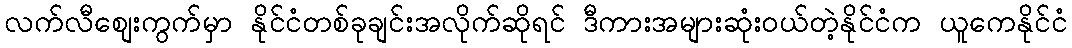
လက်လီစျေးကွက်မှာ နိုင်ငံတစ်ခုချင်းအလိုက်ဆိုရင် ဒီကားအများဆုံးဝယ်တဲ့နိုင်ငံက ယူကေနိုင်ငံ